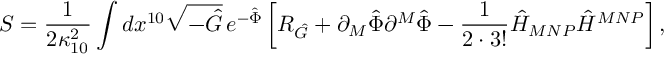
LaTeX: S = { \frac { 1 } { 2 \kappa _ { 1 0 } ^ { 2 } } } \int d x ^ { 1 0 } \sqrt { - \hat { G } } \, e ^ { - \hat { \Phi } } \left[ { \cal R } _ { \hat { G } } + \partial _ { M } \hat { \Phi } \partial ^ { M } \hat { \Phi } - { \frac { 1 } { 2 \cdot 3 ! } } \hat { H } _ { M N P } \hat { H } ^ { M N P } \right] ,